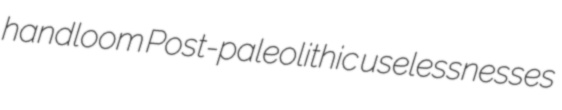
handloom Post-paleolithic uselessnesses